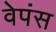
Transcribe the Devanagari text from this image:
वेपंस